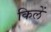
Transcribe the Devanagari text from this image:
किलें